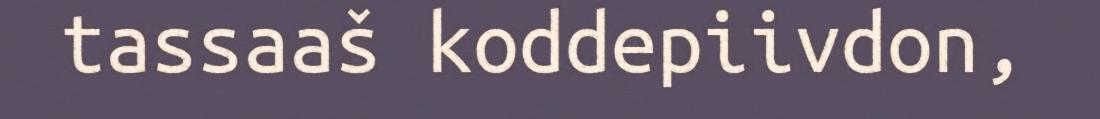
tassaaš koddepiivdon,